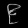
Digit: ၉